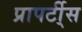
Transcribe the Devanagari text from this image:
प्रापर्टी्स